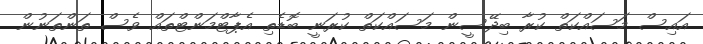
އައިސް މަސައްކަތް ކުރާ ބިދޭސީން މަސައްކަތް ކުރަނީ ބޮޑެތި އެޕާޓްމަންޓްތައް ވެސް ތަންތަނުން